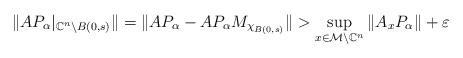
LaTeX: \begin{align*}\| AP_\alpha|_{\mathbb{C}^n \setminus B(0,s)}\| = \| AP_\alpha - AP_\alpha M_{\chi_{B(0,s)}}\| > \sup_{x \in \mathcal{M} \setminus \mathbb{C}^n} \| A_x P_\alpha\| + \varepsilon\end{align*}